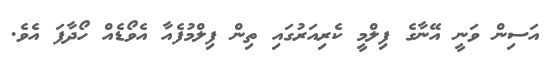
އަސިން ވަނީ އޭނާގެ ފިލްމީ ކެރިއަރުގައި ތިން ފިލްމުފެއާ އެވޯޑެއް ހޯދާފަ އެވެ.